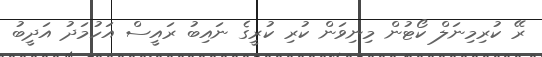
ރޭ ކުރިމިނަލް ކޯޓުން މިނިވަން ކުރި ކުރީގެ ނައިބު ރައީސް އަހުމަދު އަދީބު